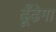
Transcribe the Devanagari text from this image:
ढूँढेगा